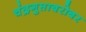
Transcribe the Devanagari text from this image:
चंद्रगुप्ताबरोबर